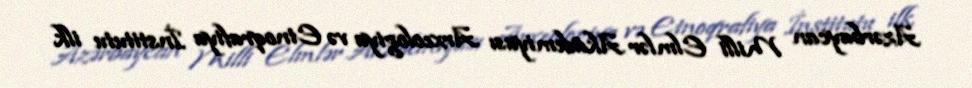
Azərbaycan Milli Elmlər Akademiyası Arxeologiya və Etnoqrafiya İnstitutu ilk